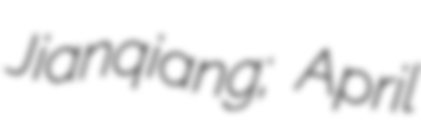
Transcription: Jianqiang; April